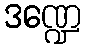
ဒဏ္ဍေ